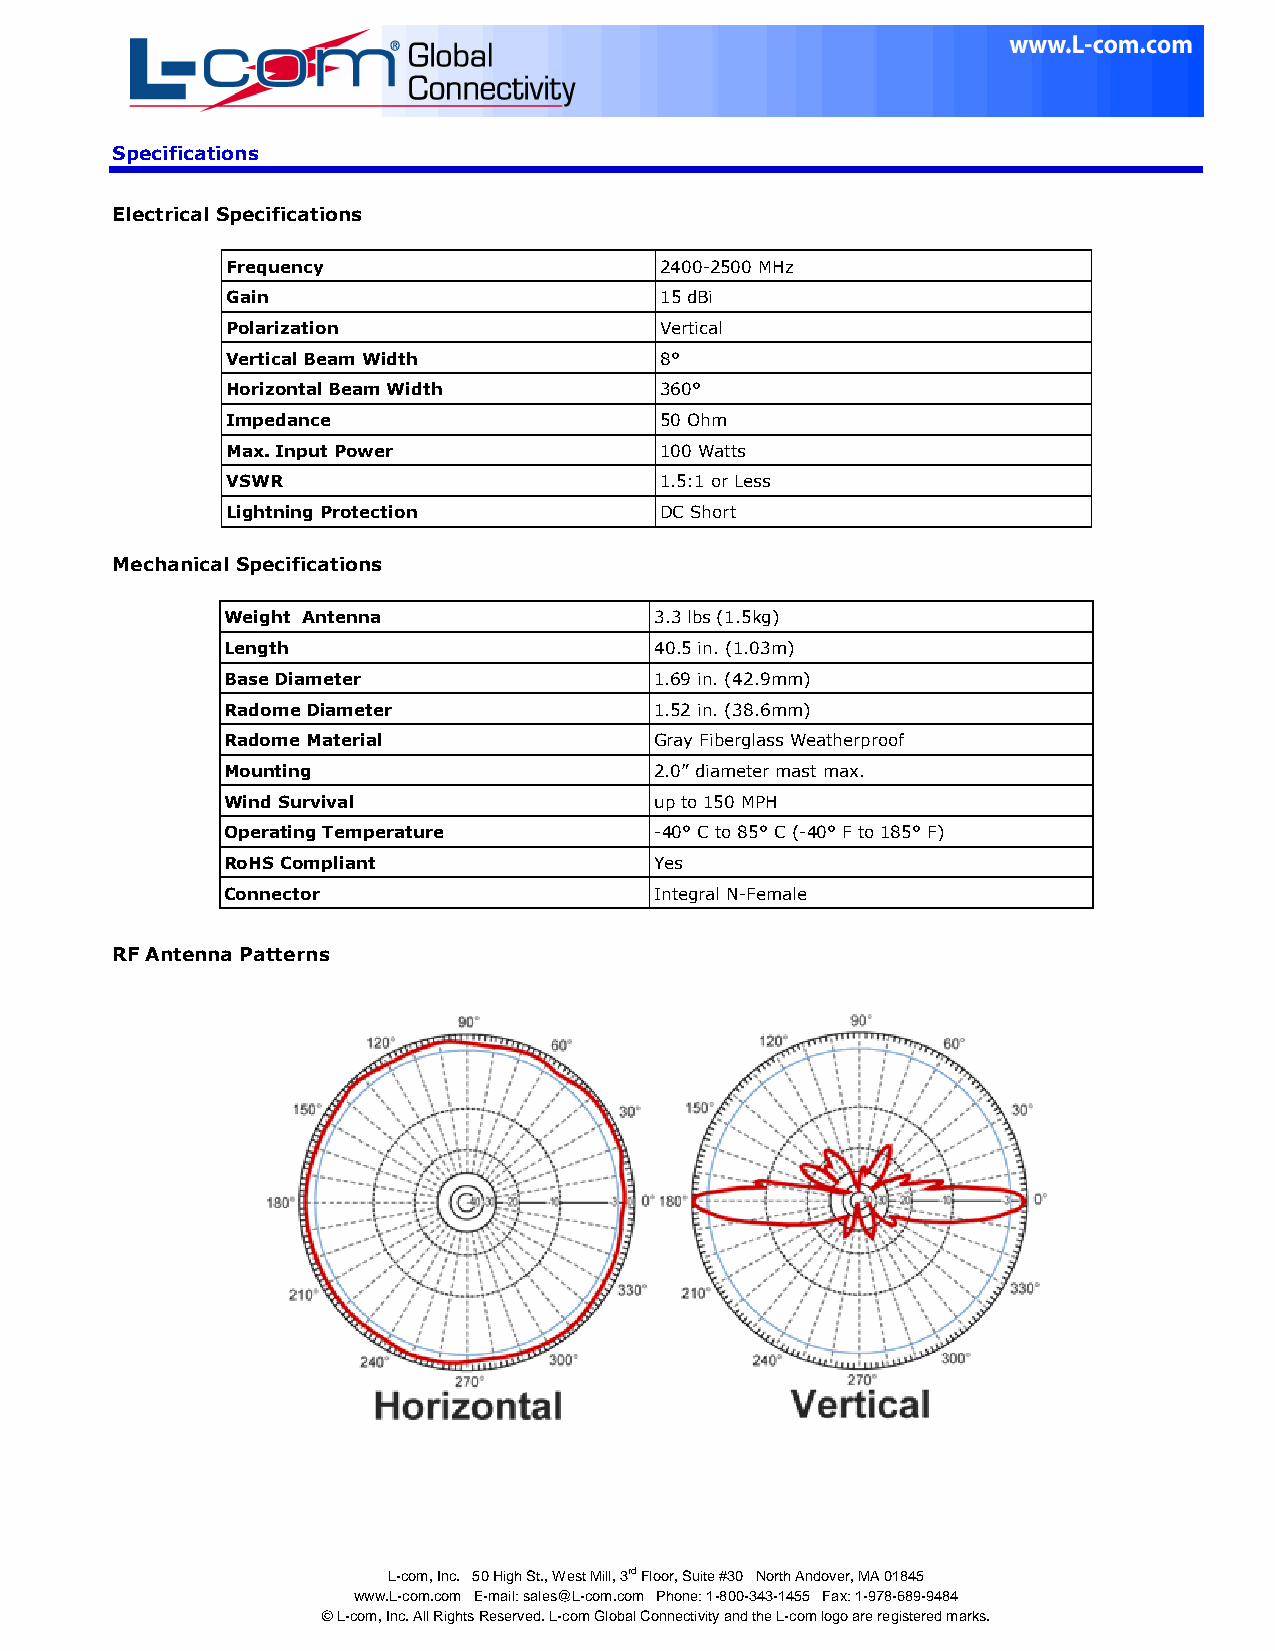
Specifications
 Electrical Specifications
 Frequency                    2400-2500 MHz
 Gain                         15 dBi
 Polarization                 Vertical
 Vertical Beam Width          8°
 Horizontal Beam Width        360°
 Impedance                    50 Ohm
 Max. Input Power             100 Watts
 VSWR                         1.5:1 or Less
 Lightning Protection         DC Short
 Mechanical Specifications
 Weight Antenna              3.3 lbs (1.5kg)
 Length                      40.5 in. (1.03m)
 Base Diameter               1.69 in. (42.9mm)
 Radome Diameter             1.52 in. (38.6mm)
 Radome Material             Gray Fiberglass Weatherproof
 Mounting                    2.0” diameter mast max.
 Wind Survival               up to 150 MPH
 Operating Temperature       -40° C to 85° C (-40° F to 185° F)
 RoHS Compliant              Yes
 Connector                   Integral N-Female
 RF Antenna Patterns
 L-com, Inc. 50 High St., West Mill, 3rd Floor, Suite #30 North Andover, MA 01845
 www.L-com.com E-mail: sales@L-com.com Phone: 1-800-343-1455 Fax: 1-978-689-9484
 © L-com, Inc. All Rights Reserved. L-com Global Connectivity and the L-com logo are registered marks.